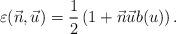
LaTeX: \begin{align*}\varepsilon(\vec{n}, \vec{u}) = \frac{1}{2} \left(1 + \vec{n} \vec{u} b(u)\right).\end{align*}